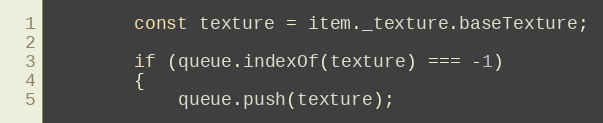
Language: JavaScript
        const texture = item._texture.baseTexture;

        if (queue.indexOf(texture) === -1)
        {
            queue.push(texture);